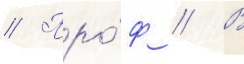
// Про́ф // В